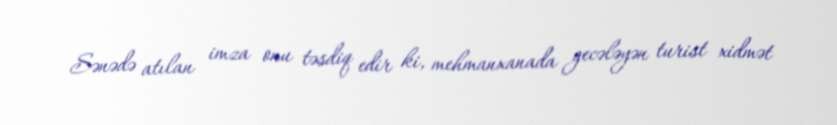
Sənədə atılan imza onu təsdiq edir ki, mehmanxanada gecələyən turist xidmət